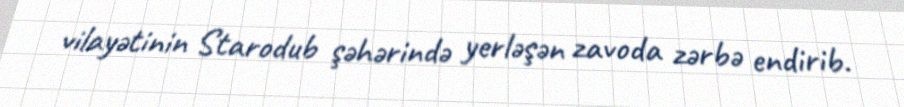
vilayətinin Starodub şəhərində yerləşən zavoda zərbə endirib.